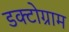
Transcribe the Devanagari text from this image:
डक्टोग्राम